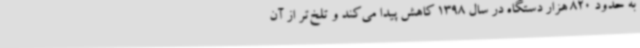
به حدود 820 هزار دستگاه در سال 1398 کاهش پیدا می‌کند و تلخ‌تر از آن